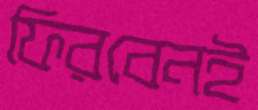
ফিরবেনই